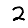
Digit: 2